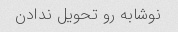
نوشابه رو تحویل ندادن